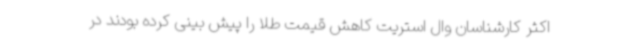
اکثر کارشناسان وال استریت کاهش قیمت طلا را پیش بینی کرده بودند در